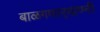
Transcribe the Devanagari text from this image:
बाळगणार्‍याण्नी